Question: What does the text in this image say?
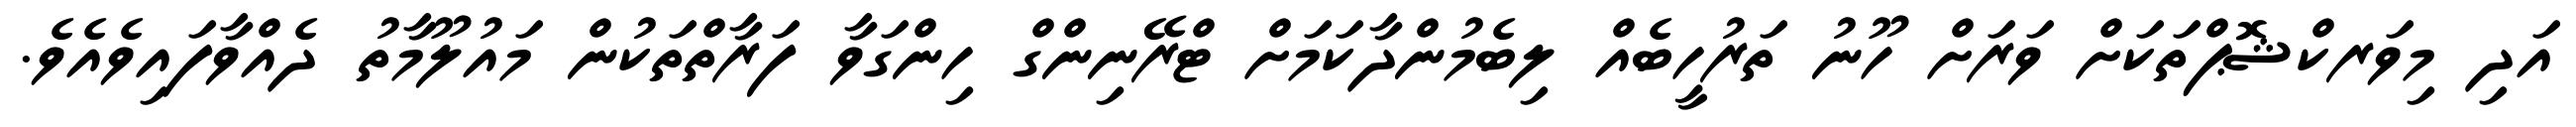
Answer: އަދި މިވަރކްޝޮޕްތަކަށް ވަރަށް ހޫނު ތަރުހީބެއް ލިބެމުންދާކަމަށް ޓްރޭނިންގް ހިންގަވާ ފަރާތްތަކުން މައުލޫމާތު ދެއްވާފައިވެއެވެ.